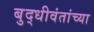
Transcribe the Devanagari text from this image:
बुद्धीवंतांच्या